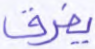
يفرق